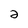
Character: 2